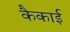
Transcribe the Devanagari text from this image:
कैकाई